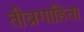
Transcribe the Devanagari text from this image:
तीव्रगाहिता